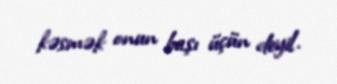
kəsmək onun başı üçün deyil.